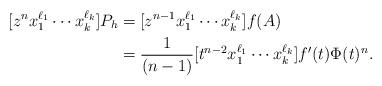
LaTeX: \begin{align*}[z^n x_1^{\ell_1} \cdots x_k^{\ell_k}] P_h &= [z^{n-1} x_1^{\ell_1} \cdots x_k^{\ell_k}] f(A) \\&= \frac{1}{(n-1)} [t^{n-2} x_1^{\ell_1} \cdots x_k^{\ell_k}] f'(t) \Phi(t)^n.\end{align*}